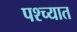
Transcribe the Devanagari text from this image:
पश्‍च्यात